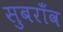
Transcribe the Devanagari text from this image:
सुबराँव